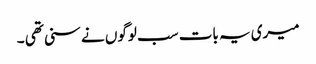
میری یہ بات سب لوگوں نے سنی تھی ۔